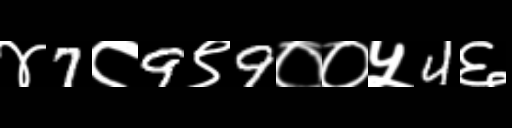
Text: ४7८9९9००५4६